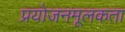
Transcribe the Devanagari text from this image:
प्रयोजनमूलकता